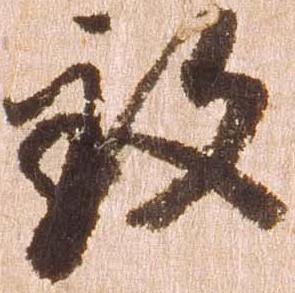
致